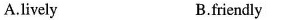
A.lively B.friendly